Report of the Indian Hemp Drugs Commission, 1894-1895 - Volume VII
Year: 1894
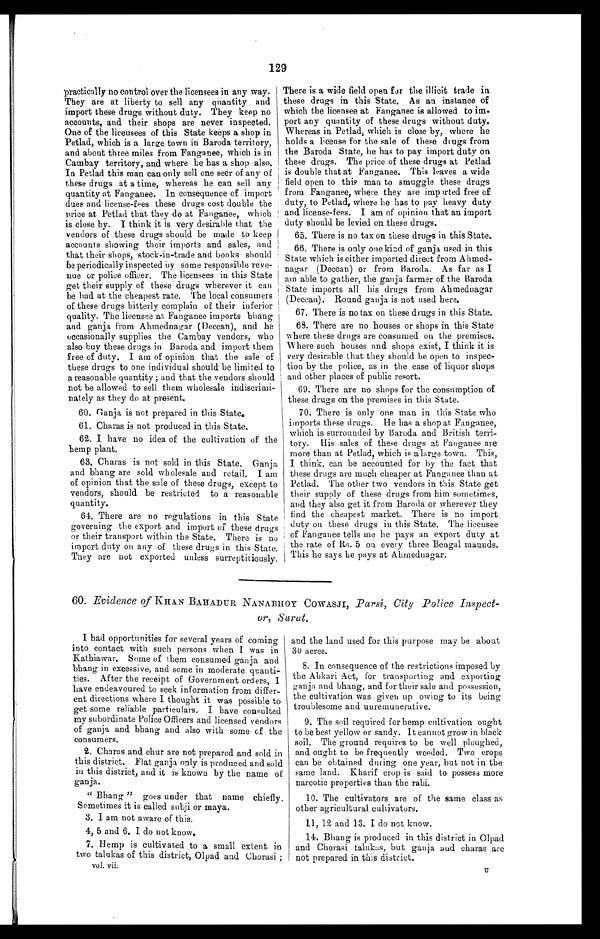
129
practically no control over the licensees in any way.
They are at liberty to sell any quantity and
import these drugs without duty. They keep no
accounts, and their shops are never inspected.
One of the licensees of this State keeps a shop in
Petlad, which is a large town in Baroda territory,
and about three miles from Fanganee, which is in
Cambay territory, and where he has a shop also.
In. Petlad this man can only sell one seer of any of
these drugs at a time, whereas he can sell any
quantity at Fanganee. In consequence of import
dues and license-fees these drugs cost double the
price at Petlad that they do at Fanganee, which
is close by. I think it is very desirable that the
vendors of these drugs should be made to keep
accounts showing their imports and sales, and
that their shops, stock-in-trade and books should
be periodically inspected by some responsible reve
-
nue or police officer. The licensees in this State
get their supply of these drugs wherever it can
be had. at the cheapest rate. The local consumers
of these drugs bitterly complain of their inferior
quality. The licensee at Fanganee imports bhang
and ganja from Ahmednagar (Deccan), and he
occasionally supplies the Cambay vendors, who
also buy these drugs in Baroda and import them
free of duty. I am of opinion that the sale of
these drugs to one individual should be limited to
a reasonable quantity ; and that the vendors should
not be allowed to sell them wholesale indiscrimi
-
nately as they do at present.
60. Ganja is not prepared in this State.
6 1 . C h a r a s i s n o t p r o d u c e d i n t h i s S t a t e .
62. I have no idea of the cultivation of the
hemp plant.
63. Charas is not sold in this State. Ganja
and bhang are sold wholesale and retail. I am
of opinion that the sale of these drugs, except to
vendors, should be restricted to a reasonable
quantity.
64. There are no regulations in this State
governing the export and import of these drugs
or their transport within the State. There is no
import duty on any of these drugs in this State.
They are not exported unless surreptitiously.
There is a wide field open for the illicit trade in
these drugs in this State. As an instance of
which the licensee at Fanganee is allowed to im
-
port any quantity of these drugs without duty.
Whereas in Petlad, which is close by, where he
holds a license for the sale of these drugs from
the Baroda State, he has to pay import duty on
these drugs. The price of these drugs at Petlad
is double that at Fanganee. This leaves a wide
field open to this man to smuggle these drugs
from Fanganee, where they are imported free of
duty, to Petlad, where he has to pay heavy duty
and license-fees. I am of opinion that an import
duty should be levied on these drugs.
65. There is no tax on these drugs in this State.
66. There is only one kind of ganja used in this
State which is either imported direct from Ahmed-
nagar (Deccan) or from Baroda. As far as I
am able to gather, the ganja farmer of the Baroda
State imports all his drugs from Ahmeduagar
(Deccan). Round ganja is not used here.
67. There is no tax on these drugs in this State.
68. There are no houses or shops in this State
where these drugs are consumed on the premises.
Where such houses and shops exist, I think it is
very desirable that they should be open to inspec
-
tion by the police, as in the case of liquor shops
and other places of public resort.
69. There are no shops for the consumption of
these drugs on the premises in this State.
70. There is only one man in this State who
imports these drugs. He has a shop at Fanganee,
which is surrounded by Baroda and British terri
-
tory. His sales of these drugs at Fanganee are
more than at Petlad, which is a large town. This,
I think, can be accounted for by the fact that
these drugs are much cheaper at Fanganee than at
Petlad. The other two vendors in this State get
their supply of these drugs from him sometimes,
and they also get it from Baroda or wherever they
find the cheapest market. There is no import
duty on these drugs in this State. The licensee
of Fanganee tells me he pays an export duty at
the rate of Rs. 5 on every three Bengal maunds.
This he says he pays at Ahmednagar.
60. Evidence of KHAN BAH ADUR NANABHOY COWASJI, P arsi, City Police Inspect-
or, Surat.
I had opportunities for several years of coming
into contact with such persons when I was in
Kathiawar. Some of them consumed ganja and
bhang in excessive, and some in moderate quanti
-
ties. After the receipt of Government orders, I
have endeavoured to seek information from differ
-
ent directions where I thought it was possible to
get some reliable particulars. I have consulted
my subordinate Police Officers and licensed vendors
of ganja and bhang and also with some of the
consumers.
2. Charas and chur are not prepared and sold in
this district, Flat ganja only is produced and sold
in this district, and it is known by the name of
ganja.
"Bhang" goes under that name chiefly.
Sometimes it is called subji or maya.
3. I am not aware of this.
4, 5 and 6. I do not know.
7. Hemp is cultivated to a small extent in
two talukas of this district, Olpad and Chorasi
vol. vii.
and the land used for this purpose may be about
30 acres.
8. In consequence of the restrictions imposed by
the Abkari Act, for transporting and exporting
ganja and bhang, and for their sale and possession,
the cultivation was given up owing to its being
troublesome and unremunerative.
9. The soil required for hemp cultivation ought
to be best yellow or sandy. It cannot grow in black
soil. The ground requires to be well ploughed,
and ought to be frequently weeded. Two crops
can be obtained during one year, but not in the
same land. Kharif crop is said to possess more
narcotic properties than the rabi.
10. The cultivators are of the same class as
other agricultural cultivators.
11, 12 and 13. I do not know.
14. Bhang is produced in this district in Olpad
and Chorasi talukas, but ganja and charas are
not prepared in this district.